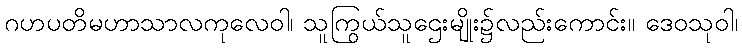
ဂဟပတိမဟာသာလကုလေဝါ၊ သူကြွယ်သူဌေးမျိုး၌လည်းကောင်း။ ဒေဝသုဝါ၊